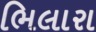
ભિલારા